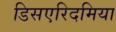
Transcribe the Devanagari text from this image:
डिसएरिदमिया